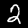
Label: 2